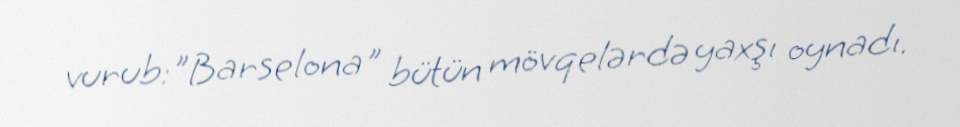
vurub:"Barselona" bütün mövqelərdə yaxşı oynadı.